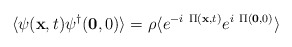
\begin{align*}\langle \psi({\bf{x}},t)\psi^{\dagger}({\bf{0}},0) \rangle = \rho\langle e^{-i\mbox{ }\Pi({\bf{x}},t)}e^{i\mbox{ }\Pi({\bf{0}},0)} \rangle\end{align*}